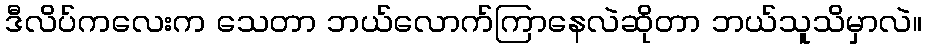
ဒီလိပ်ကလေးက သေတာ ဘယ်လောက်ကြာနေလဲဆိုတာ ဘယ်သူသိမှာလဲ။